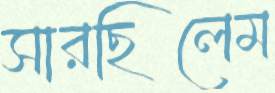
সারছিলেম